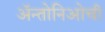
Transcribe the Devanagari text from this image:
ॲन्तोनिओची